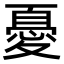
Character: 憂